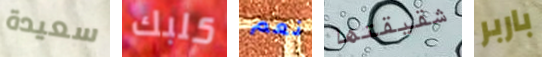
سعيدة كلبك نعم شقيقتها باربر